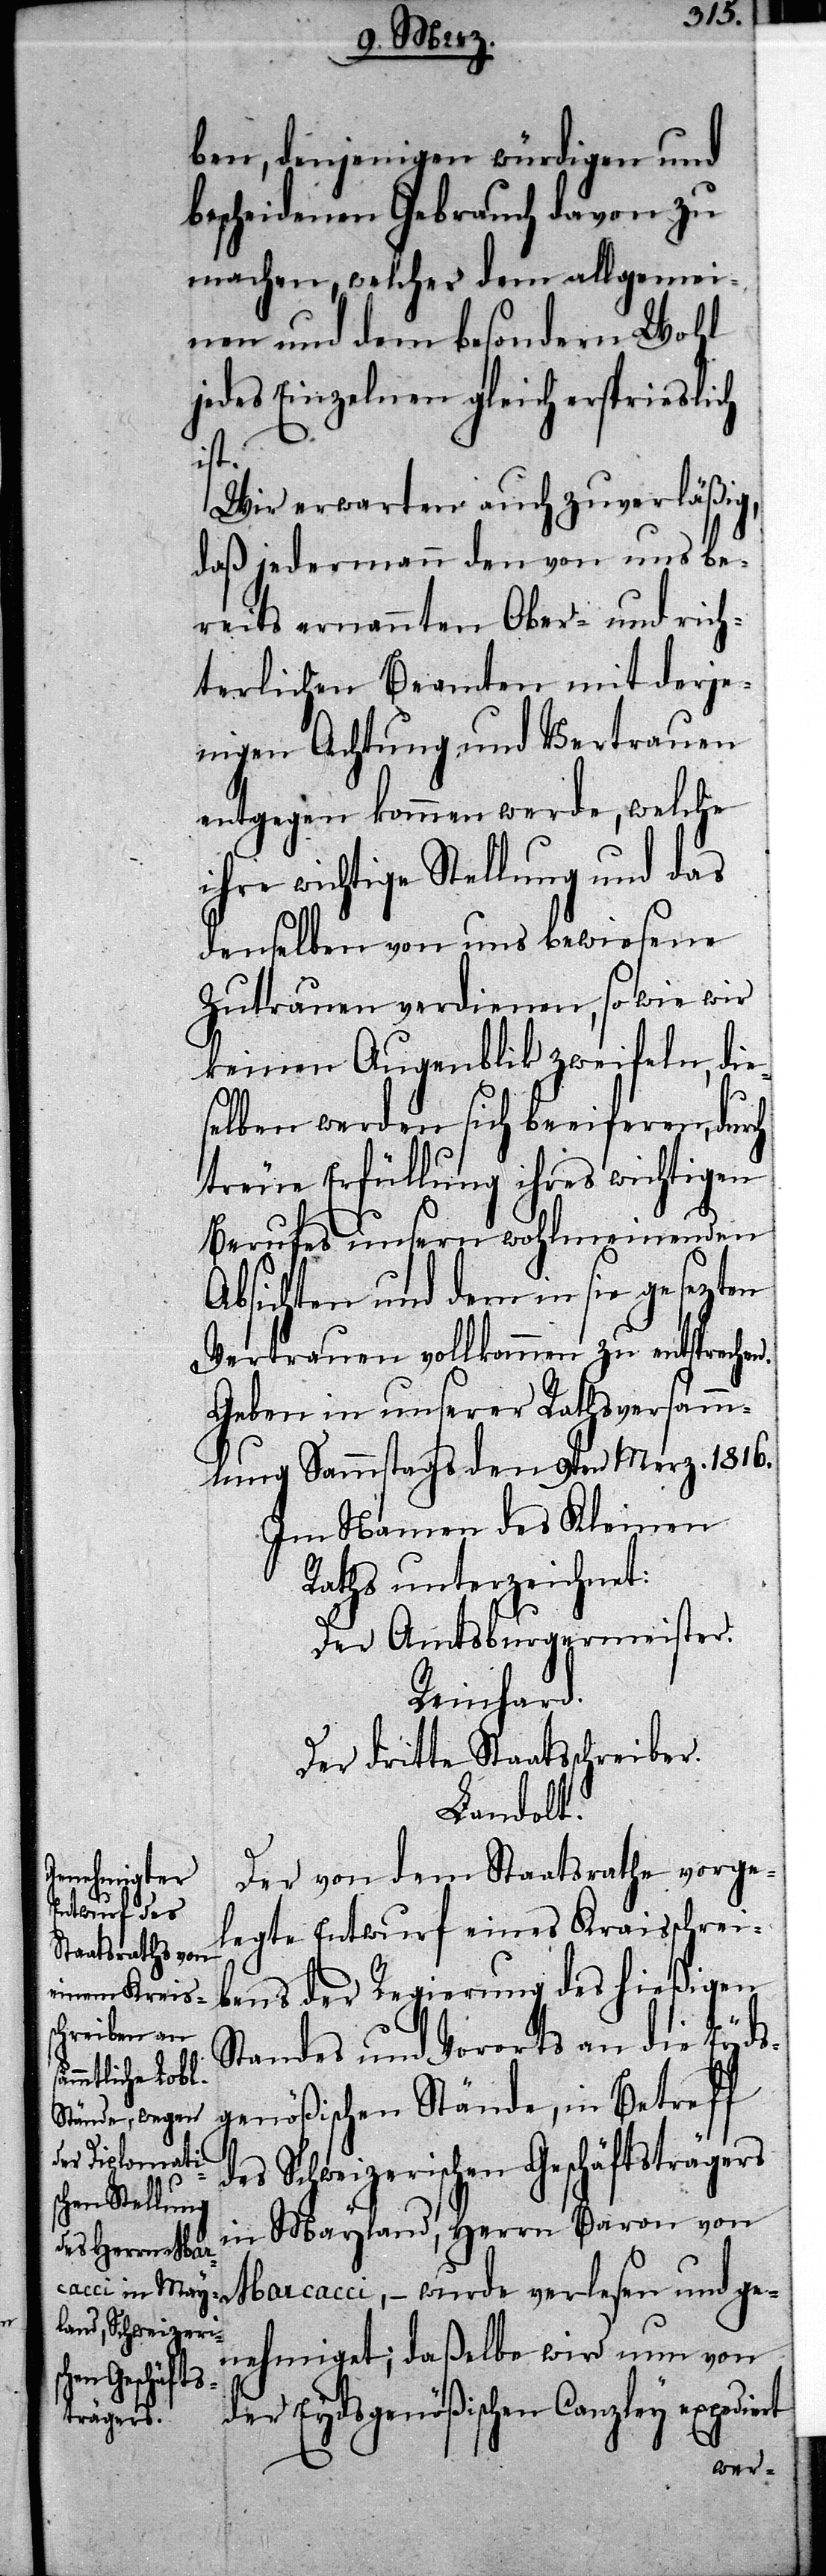
ben, denjenigen würdigen und
bescheidenen Gebrauch davon zu
machen, welcher dem allgemei¬
nen und dem besondern Wohl
jedes Einzelnen gleich ersprieslich
n.
Wir erwarten auch zuverlässig,
daß jedermann den von uns be¬
reits ernannten Ober- und rich¬
terlichen Beamten mit derje¬
nigen Achtung und Vertrauen
entgegen kommen werde, welche
ihre wichtige Stellung und das
denselben von uns bewiesene
Zutrauen verdienen, so wie wir
keinen Augenblick zweifeln, die¬
selben werden sich beeiferen, durch
treue Erfüllung ihres wichtigen
Berufes unsern wohlmeinenden
Absichten und dem in sie gesezten
Vertrauen vollkommen zu entspreche¬
Geben in unserer Rathsversamm¬
lung Sammstags den 9ten Merz. 1816.
Im Namen des Kleinen
Rahts unterziechnet:
Der amtsburgermeister.
Reinhard.
Der dritte Staatsschreiber.
Landolt.
Der von dem Staatsrathe vorge¬
legte Entwurf eines Kraisschrei¬
bens der Regierung des hießigen
Standes und Vororts an die Eyds¬
genößischen Stände, in Betreff
des Schweizerischen Geschäftsträgers
in Mayland, Herrn Baron von
Marcacci, – wurde verlesen und ge¬
nehmiget; daßelbe wird nun von
der Eydsgenößischen Canzley expodiert